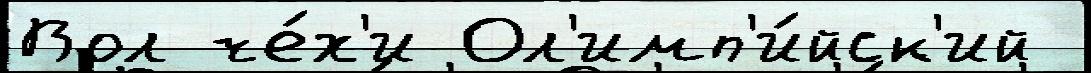
Вол че́х'и Ол'имп'и́йск'ий